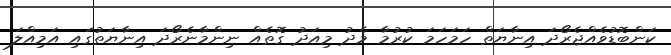
ކަންބޮޑުވެއްޖެރޯދަ އިނާޔަތް ހަމަހަމަ ކުރުމާ މެދު މިއަދު ގޮތެއް ނިންމާނެރޯދަ އިނާޔަތުގައި އަމިއްލަ